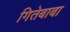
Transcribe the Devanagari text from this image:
गितेबाबा